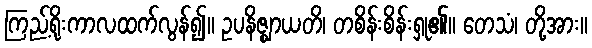
ကြည့်ရိုးကာလထက်လွန်၍။ ဥပနိဇ္ဈာယတိ၊ တစိန်းစိန်းရှု၏။ တေသံ၊ တို့အား။